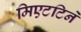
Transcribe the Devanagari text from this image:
मिएटटिनें